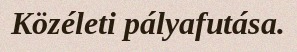
Közéleti pályafutása.